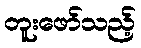
တူးဖော်သည့်